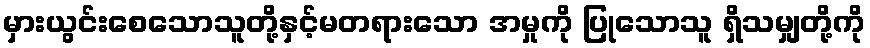
မှားယွင်းစေသောသူတို့နှင့်မတရားသော အမှုကို ပြုသောသူ ရှိသမျှတို့ကို